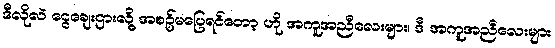
ဒီလိုလဲ ငွေချေးဌားလို့ အစဥ်မပြေရင်တော့ ဟို အကူအညီလေးများ၊ ဒီ အကူအညီလေးများ